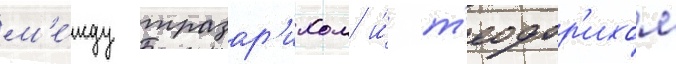
м'е́жду тразар'ихом и́ т'еодор'ихом